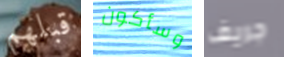
قبلهم وسأكون جريف